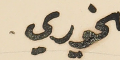
الخوري